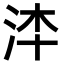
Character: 𣳰